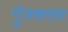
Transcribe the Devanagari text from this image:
पुँजकलन